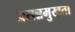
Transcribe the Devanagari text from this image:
प्रसन्नमुखता